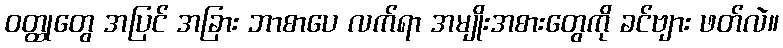
ဝတ္ထုတွေ အပြင် အခြား ဘာစာပေ လက်ရာ အမျိုးအစားတွေကို ခင်ဗျား ဖတ်လဲ။